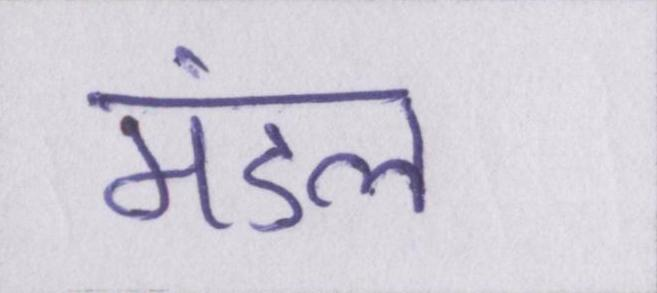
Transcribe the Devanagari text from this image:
मंडल